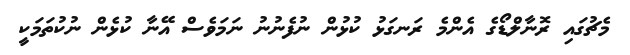
މެޗުގައި ރޮނާލްޑޯގެ އެންމެ ރަނގަޅު ކުޅުން ނުފެނުނު ނަމަވެސް އޭނާ ކުޅެން ނުކުތަމަކީ